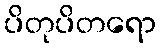
ပိတုပိတရော